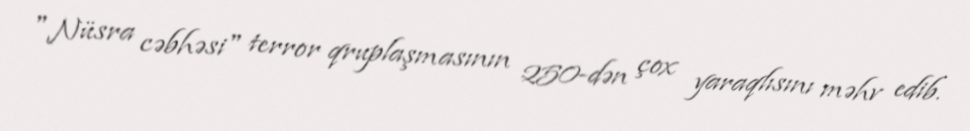
"Nüsra cəbhəsi" terror qruplaşmasının 250-dən çox yaraqlısını məhv edib.